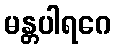
မန္တပါရဂေ